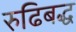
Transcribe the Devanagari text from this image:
रुढिबद्ध